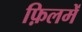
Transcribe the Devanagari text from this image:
फ़िलमें